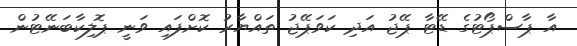
އާ ޕާސްޕޯޓުގެ ޑޭޓާ ޕޭޖު އަދި ކަވަޕޭޖު ތައްޔާރު ކޮށްފައި ވަނީ ޕޮލިކާބަނޭޓުން